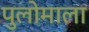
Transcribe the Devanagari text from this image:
पुलोमाला